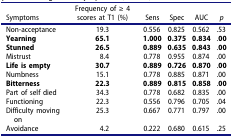
<table><thead><tr><td><b>Symptoms</b></td><td><b>Frequency of ≥ 4 scores at T1 (%)</b></td><td><b>Sens</b></td><td><b>Spec</b></td><td><b>AUC</b></td><td><b><i>p</i></b></td></tr></thead><tbody><tr><td>Non-acceptance</td><td>19.3</td><td>0.556</td><td>0.825</td><td>0.562</td><td>.53</td></tr><tr><td><b>Yearning</b></td><td><b>65.1</b></td><td><b>1.000</b></td><td><b>0.375</b></td><td><b>0.834</b></td><td>.<b>00</b></td></tr><tr><td><b>Stunned</b></td><td><b>26.5</b></td><td><b>0.889</b></td><td><b>0.635</b></td><td><b>0.843</b></td><td>.<b>00</b></td></tr><tr><td>Mistrust</td><td>8.4</td><td>0.778</td><td>0.955</td><td>0.874</td><td>.00</td></tr><tr><td><b>Life is empty</b></td><td><b>30.7</b></td><td><b>0.889</b></td><td><b>0.726</b></td><td><b>0.870</b></td><td>.<b>00</b></td></tr><tr><td>Numbness</td><td>15.1</td><td>0.778</td><td>0.885</td><td>0.871</td><td>.00</td></tr><tr><td><b>Bitterness</b></td><td><b>22.3</b></td><td><b>0.889</b></td><td><b>0.815</b></td><td><b>0.858</b></td><td>.<b>00</b></td></tr><tr><td>Part of self died</td><td>34.3</td><td>0.778</td><td>0.682</td><td>0.835</td><td>.00</td></tr><tr><td>Functioning</td><td>22.3</td><td>0.556</td><td>0.796</td><td>0.705</td><td>.04</td></tr><tr><td>Difficulty moving on</td><td>25.3</td><td>0.667</td><td>0.771</td><td>0.797</td><td>.00</td></tr><tr><td>Avoidance</td><td>4.2</td><td>0.222</td><td>0.680</td><td>0.615</td><td>.25</td></tr></tbody></table>